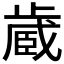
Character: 𪴼